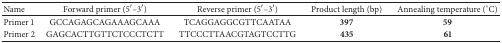
<table><thead><tr><td><b>Name</b></td><td><b>Forward primer (5′–3′)</b></td><td><b>Reverse primer (5′–3′)</b></td><td><b>Product length (bp)</b></td><td><b>Annealing temperature (°C)</b></td></tr></thead><tbody><tr><td>Primer 1 </td><td>GCCAGAGCAGAAAGCAAA</td><td>TCAGGAGGCGTTCAATAA</td><td><b>397</b></td><td><b>59</b></td></tr><tr><td>Primer 2 </td><td>GAGCACTTGTTCTCCCTCTT</td><td>TTCCCTTAACGTAGTCCTTG</td><td><b>435</b></td><td><b>61</b></td></tr></tbody></table>